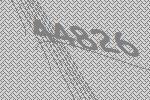
44826